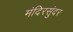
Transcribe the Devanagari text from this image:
मंदिरसुंदर